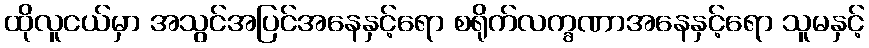
ထိုလူငယ်မှာ အသွင်အပြင်အနေနှင့်ရော စရိုက်လက္ခဏာအနေနှင့်ရော သူမနှင့်